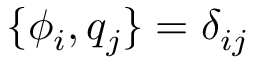
\{ \phi _ { i } , q _ { j } \} = \delta _ { i j }